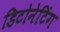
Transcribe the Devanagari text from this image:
डिटोनेटिंग